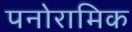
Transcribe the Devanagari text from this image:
पनोरामिक